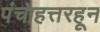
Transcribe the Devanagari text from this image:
पंचाहत्तरहून